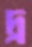
দ্র